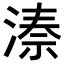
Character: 𬈙